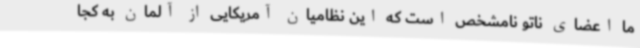
ما اعضای ناتو نامشخص است که این نظامیان آمریکایی از آلمان به کجا